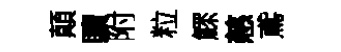
顛贖附粒鰥慈鳶